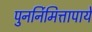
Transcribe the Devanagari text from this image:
पुनर्निमित्तापाये